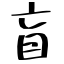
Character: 盲